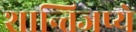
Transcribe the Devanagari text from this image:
शान्तिजप्ये